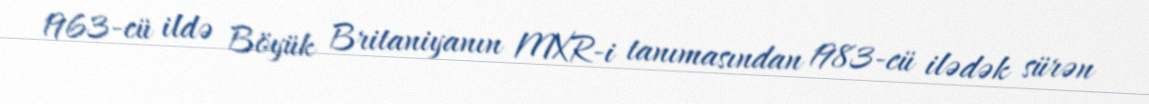
1963-cü ildə Böyük Britaniyanın MXR-i tanımasından 1983-cü ilədək sürən